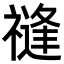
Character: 𥛝